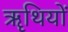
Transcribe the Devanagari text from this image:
ॠथियों